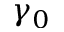
\gamma _ { 0 }